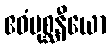
ဧဝံမုစ္ဆနီယော